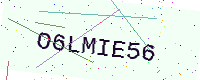
Text: O6LMIE56